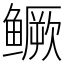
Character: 鳜